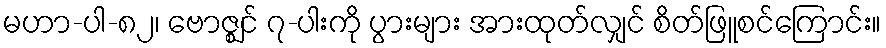
မဟာ-ပါ-၈၂၊ ဗောဇ္ဈင် ၇-ပါးကို ပွားများ အားထုတ်လျှင် စိတ်ဖြူစင်ကြောင်း။